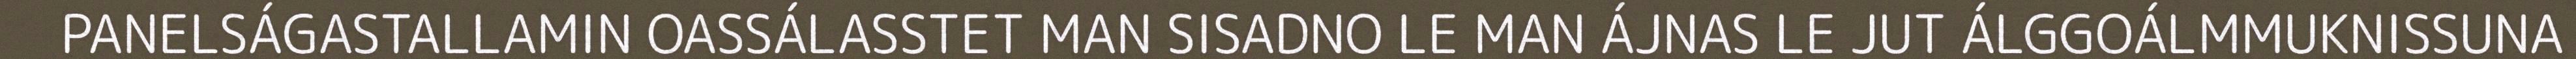
PANELSÁGASTALLAMIN OASSÁLASSTET MAN SISADNO LE MAN ÁJNAS LE JUT ÁLGGOÁLMMUKNISSUNA